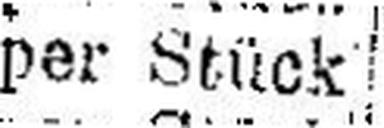
per Stück